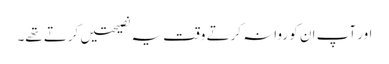
اور آپ ان کو روانہ کرتے وقت یہ نصیحتیں کرتے تھے۔